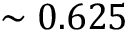
\sim 0 . 6 2 5